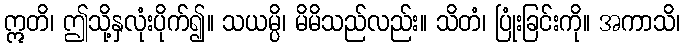
ဣတိ၊ ဤသို့နှလုံးပိုက်၍။ သယမ္ပိ၊ မိမိသည်လည်း။ သိတံ၊ ပြုံးခြင်းကို။ အကာသိ၊